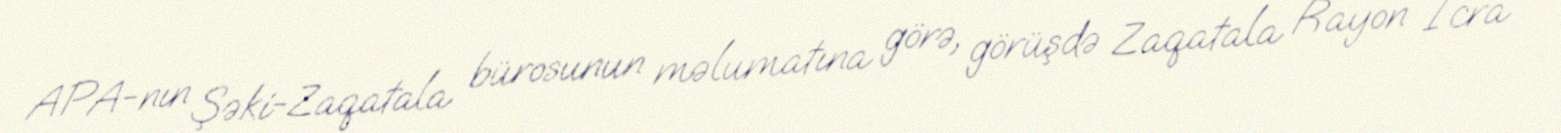
APA-nın Şəki-Zaqatala bürosunun məlumatına görə, görüşdə Zaqatala Rayon İcra